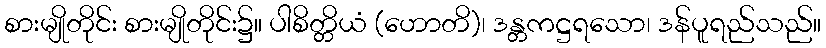
စားမျိုတိုင်း စားမျိုတိုင်း၌။ ပါစိတ္တိယံ (ဟောတိ)၊ ဒန္တကဋ္ဌရသော၊ ဒန်ပူရည်သည်။